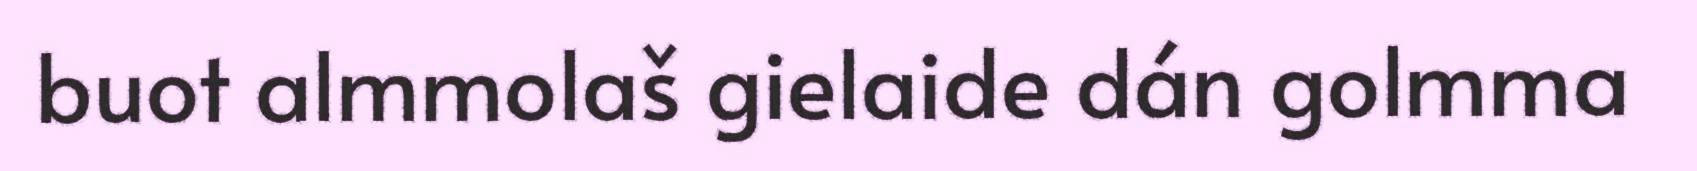
buot almmolaš gielaide dán golmma